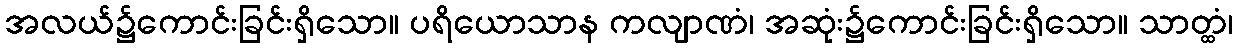
အလယ်၌ကောင်းခြင်းရှိသော။ ပရိယောသာန ကလျာဏံ၊ အဆုံး၌ကောင်းခြင်းရှိသော။ သာတ္ထံ၊